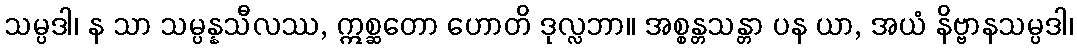
သမ္ပဒါ၊ န သာ သမ္ပန္နသီလဿ, ဣစ္ဆတော ဟောတိ ဒုလ္လဘာ။ အစ္စန္တသန္တာ ပန ယာ, အယံ နိဗ္ဗာနသမ္ပဒါ၊